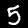
Digit: 5